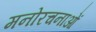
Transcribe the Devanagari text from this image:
मनोरचनाओं